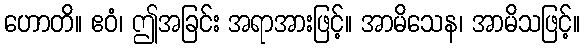
ဟောတိ။ ဧဝံ၊ ဤအခြင်း အရာအားဖြင့်။ အာမိသေန၊ အာမိသဖြင့်။